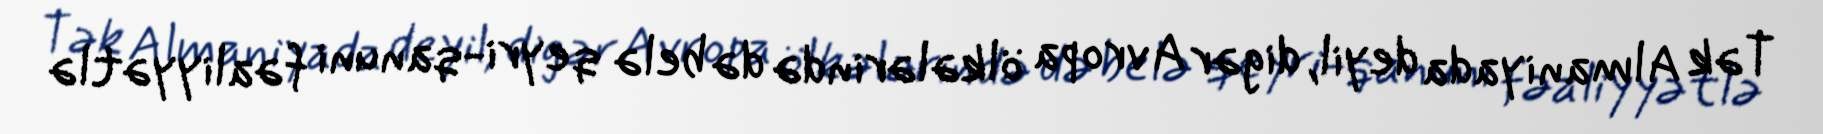
Tək Almaniyada deyil, digər Avropa ölkələrində də belə qeyri-qanuni fəaliyyətlə